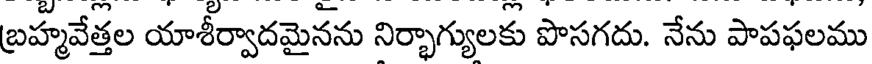
బ్రహ్మవేత్తల యాశీర్వాదమైనను నిర్భాగ్యులకు పొసగదు. నేను పాపఫలము